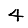
Digit: 4